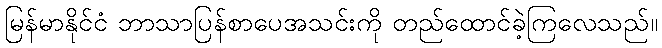
မြန်မာနိုင်ငံ ဘာသာပြန်စာပေအသင်းကို တည်ထောင်ခဲ့ကြလေသည်။